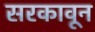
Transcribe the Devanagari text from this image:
सरकावून